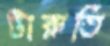
টারুতি